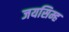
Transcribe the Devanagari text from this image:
जयसिम्ह